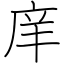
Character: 庠